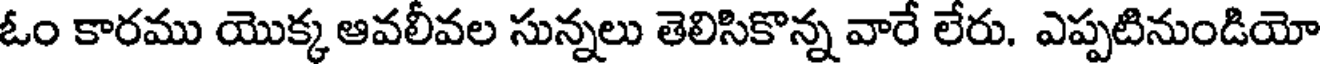
ఓం కారము యొక్క ఆవలీవల సున్నలు తెలిసికొన్న వారే లేరు. ఎప్పటినుండియో